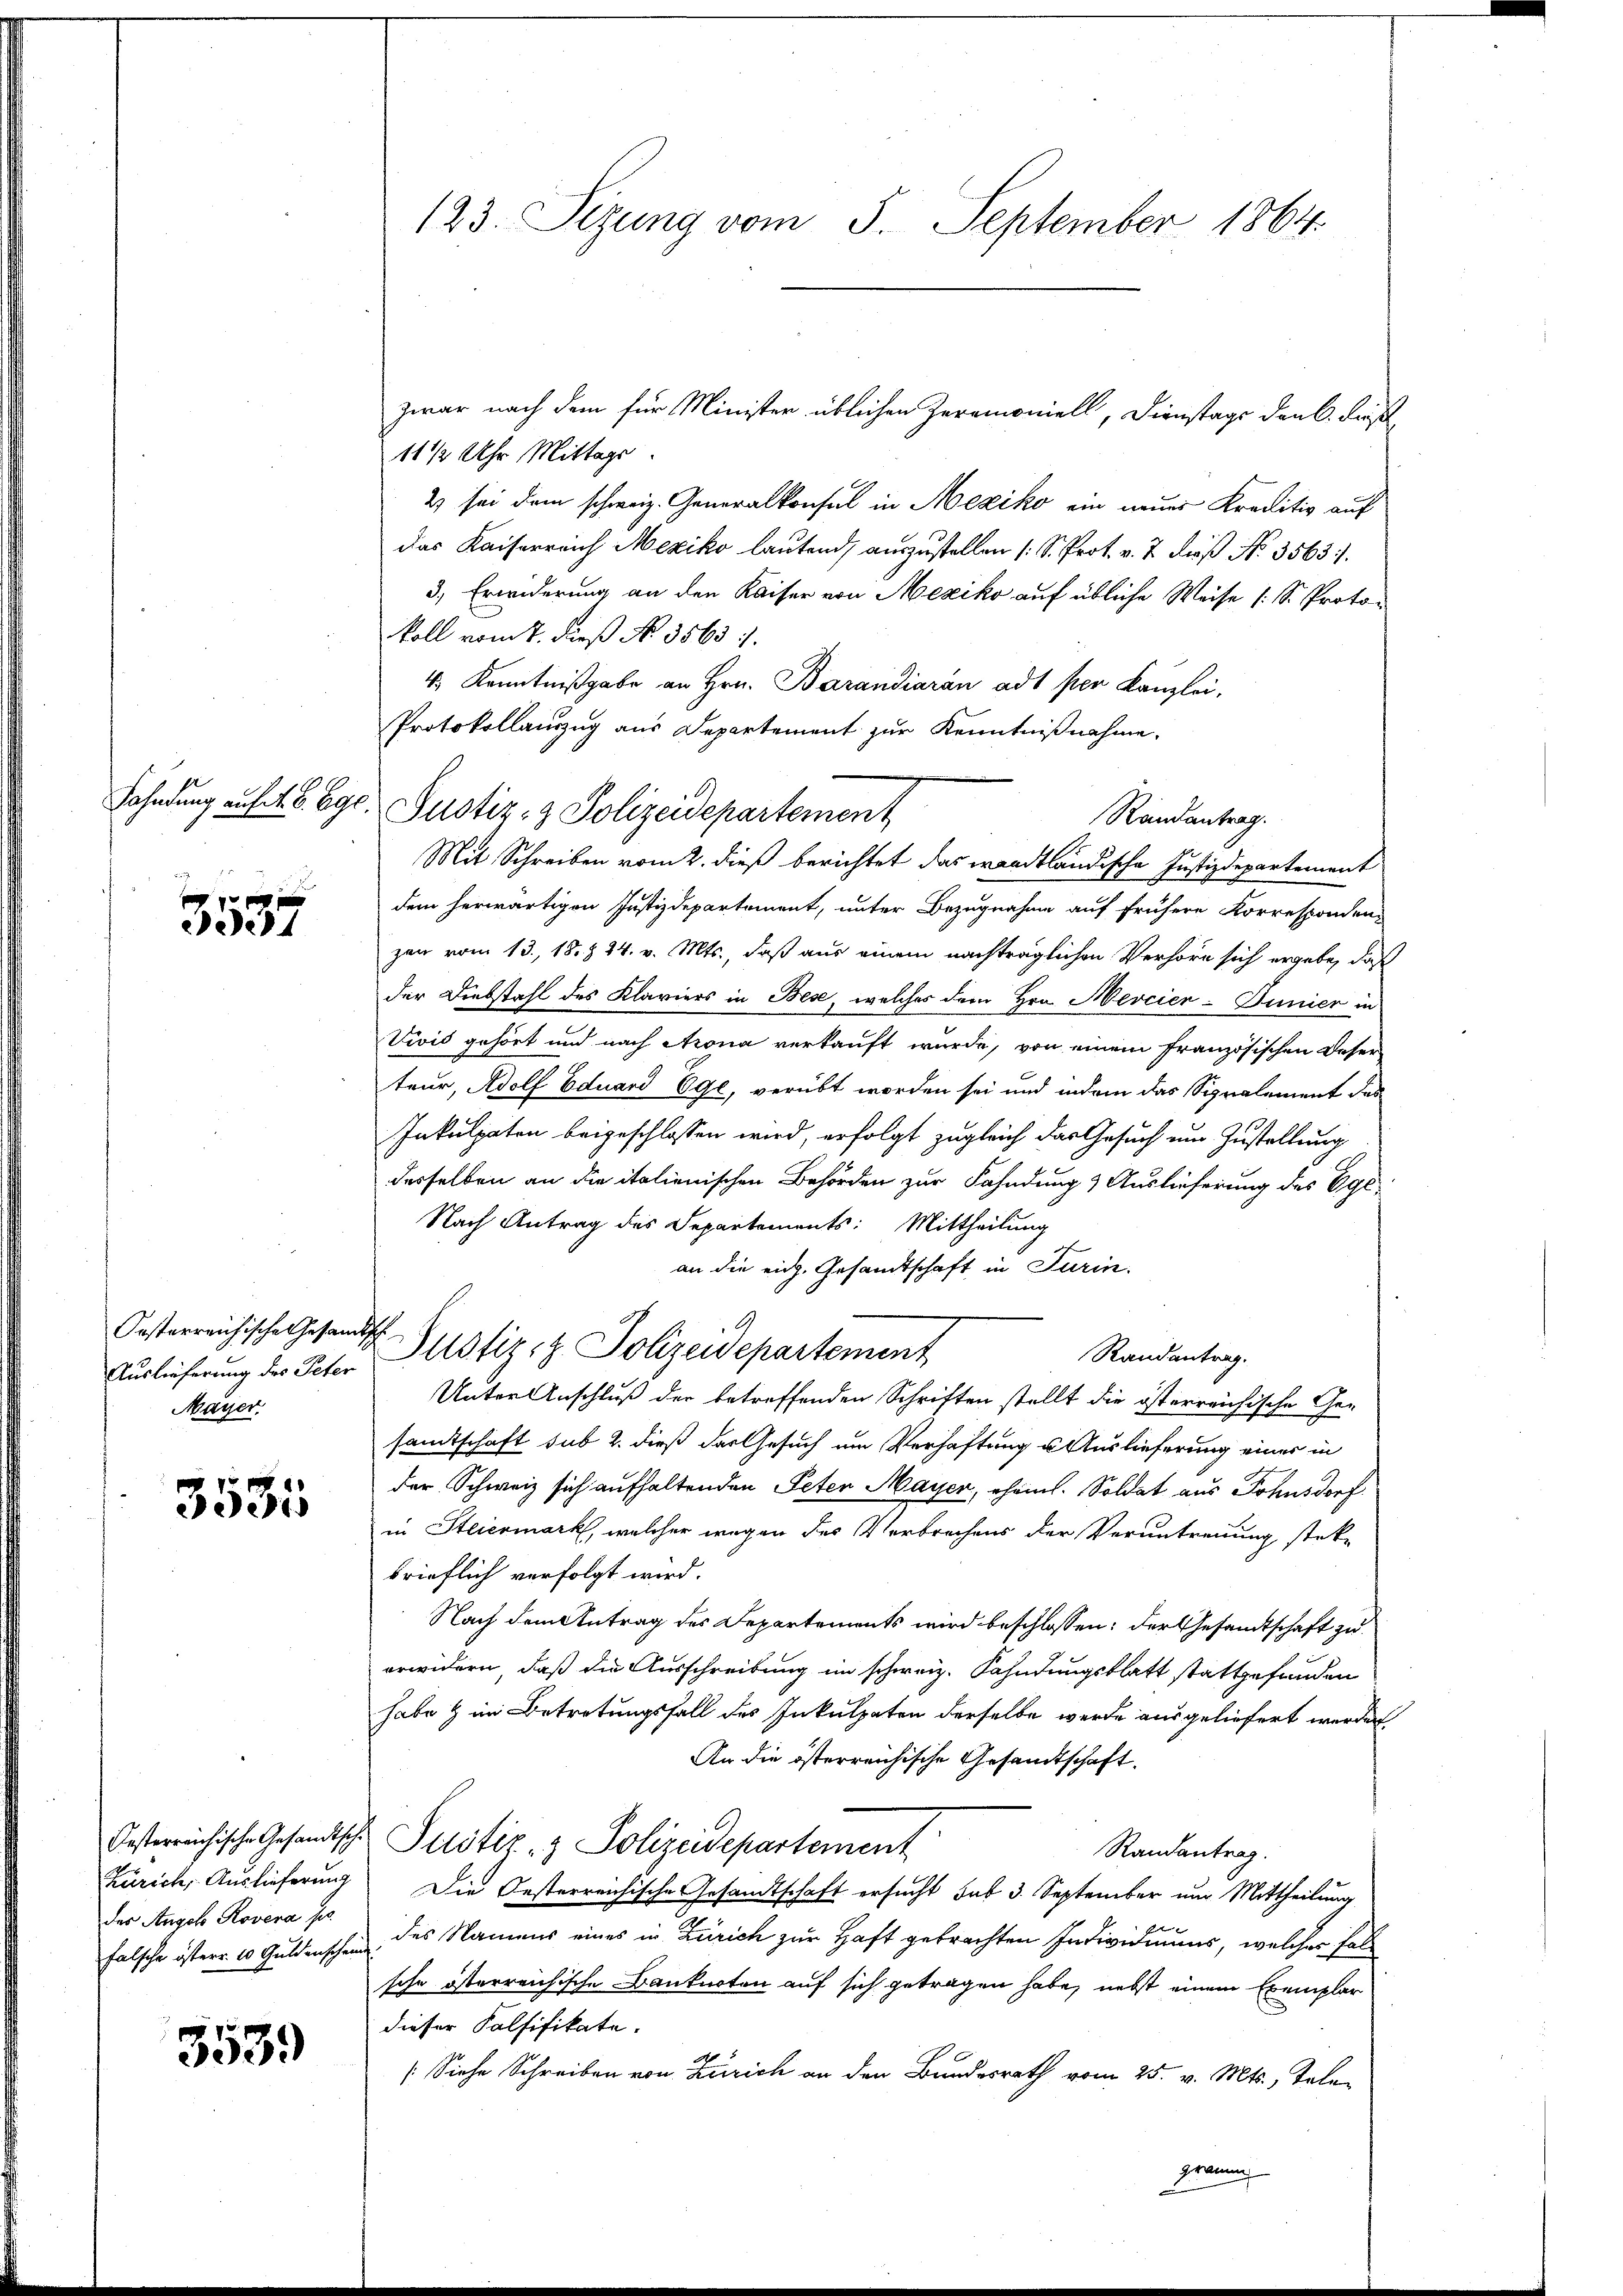
Fahndung auf 4. B. Egl

3537

Oesterreichische Gesandtsche
Mayer.

3535

Zürich, Auslieferung
das Angelo Rovera ser

3539

123. Sizung vom 5. September 1864.

zwar nach dem für Minister üblichen Zerrmoniell, Dienstags dank. Dies
11 ½ Uhr Mittags.
2 sei dem schweiz. Generalkonsul in Mexiko ein neuer Kreditiv auf
das Kaiserreich Mexiko lautend, auszustellen (S. Prot. v. 7. dieß No 3563.
3., Erwiderung an den Kaiser von Mexiko auf übliche Weise (S. Protokoll vom 7. dieß No. 3563 f.
4.) Kenntnißgabe an Hrn. Barandiaran ad per Kanzlei-
Protokollauszug aus Departement zur Kenntnißnahme.
Randantrag.
Mit Schreiben vom 2. dieß berichtet das wandtländische Justizdepartement
dem herwärtigen Justizdepartement, unter Bezugnahme auf frühere Korresponden-
zan vom 13. 18. § 24. v. Mts., daß aus einem nachträglichen Verhöre sich ergebe, daß
der Diebstahl des Klaviers in Bese, welches dem Hrn. Mercier-Punier in
Vivis gehört und nach Arona verkauft wurde, von einem französischen Deser
teur, Adolf Eduard 691, verübt worden sei und indem das Signalement des
Inkulpaten beigeschlossen wird, erfolgt zugleich das Gesuch um Zustellung
desselben an die italienischen Behörden zur Fahndung & Auslieferung des Egi-
Nach Antrag des Departements: Mittheilung
an die eidg. Gesandtschaft in Turin.
Randantrag.
Auslieferung der Peter Justiz- & Polizeidepartement
Unter Anschluß der betreffenden Schriften stellt die österreichische Ge-
samtschaft sub 2. dieß das Gesuch um Verhaftung u. Auslieferung einer in
der Schweiz sich aufhaltenden Peten Mayer, ehem. Soldat aus Sohnsdorf
in Steiermark, welcher wegen des Verbrechens der Veruntreuung stete
brieflich verfolgt wird.
Nach dem Antrag des Departements wird beschlossen: der Gesandtschaft zu
erwidern, daß die Ausschreibung im schweiz. Fahndungsblatt stattgefunden
habe & im Betretungsfall des Inkulpaten derselbe werde ausgeliefert werden.
An die österreichische Gesandtschaft.
Oesterreichische Gesandtsch. Justiz & Polizeidepartement
Randantrag.
Die Oesterreichische Gesandtschaft ersucht sub 3. September nur Mittheilung
falsche österr. 10 Guldenschen des Namens eines in Zürich zur Haft gebrachten Individuums, welcher falsche österreichische Banknoten auf sich getragen habe, nebst einem Exemplar
dieser Falsifikate.
[Siehe Schreiben von Zürich an den Bundesrath vom 25. v. Mts., Telegramms

Justiz- & Polizeidepartement